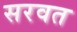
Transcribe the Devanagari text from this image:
सरवत